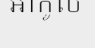
អាកូល